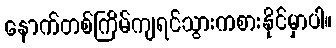
နောက်တစ်ကြိမ်ကျရင်သွားကစားနိုင်မှာပါ။